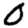
Digit: 0